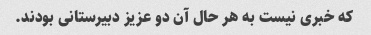
که خبری نیست به هر حال آن دو عزیز دبیرستانی بودند.